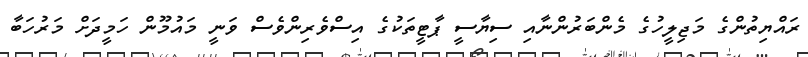
ރައްޔިތުންގެ މަޖިލީހުގެ މެންބަރުންނާއި ސިޔާސީ ޕާޓީތަކުގެ އިސްވެރިންވެސް ވަނީ މައުމޫން ހަމީދަށް މަރުހަބާ